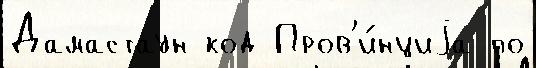
Дамастаун код Пров'и́нциjа по